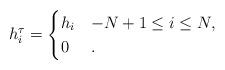
LaTeX: \begin{align*}h^{\tau}_i = \begin{cases} h_i & -N+1 \leq i \leq N, \\0 & .\end{cases}\end{align*}